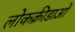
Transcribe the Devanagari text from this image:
लोकक्रीडाओं